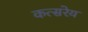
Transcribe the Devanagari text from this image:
कत्सरेय